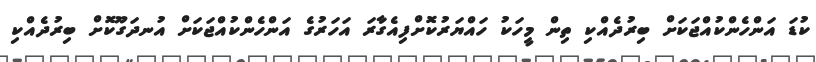
ކުޑަ އަންހެންކުއްޖަކަށް ބިރުދެއްކި ތިން މީހަކު ހައްޔަރުކޮށްފިއެގާރަ އަހަރުގެ އަންހެންކުއްޖަކަށް އުނދަގޫކޮށް ބިރުދެއްކި